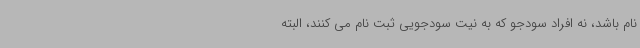
نام باشد، نه افراد سودجو که به نیت سودجویی ثبت نام می کنند، البته